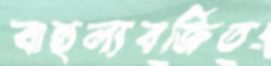
বাহুল্যবর্জিত